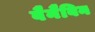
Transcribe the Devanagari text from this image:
वैनैबिन